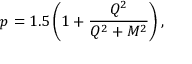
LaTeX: p = 1 . 5 \left( 1 + \frac { Q ^ { 2 } } { Q ^ { 2 } + M ^ { 2 } } \right) ,